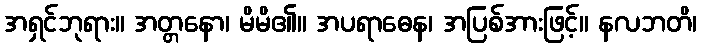
အရှင်ဘုရား။ အတ္တနော၊ မိမိ၏။ အပရာဓေန၊ အပြစ်အားဖြင့်။ နလဘတိ၊